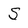
Character: S